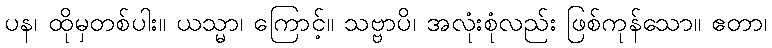
ပန၊ ထိုမှတစ်ပါး။ ယသ္မာ၊ ကြောင့်။ သဗ္ဗာပိ၊ အလုံးစုံလည်း ဖြစ်ကုန်သော။ ဧတာ၊